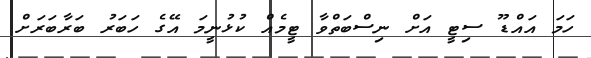
ހަމަ އައްޑޫ ސިޓީ އަށް ނިސްބަތްވާ ޓީމެއް ކުޅުނީމަ އޭގެ ހަބަރު ބަރާބަރަށް